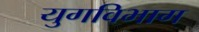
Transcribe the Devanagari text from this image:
युगविभाग